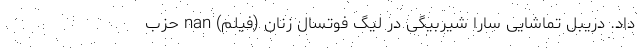
داد. دریبل تماشایی سارا شیربیگی در لیگ فوتسال زنان (فیلم) nan حزب